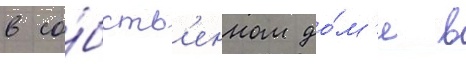
в со́бств'енном до́м'е в